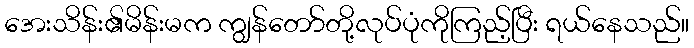
အေးသိန်း၏မိန်းမက ကျွန်တော်တို့လုပ်ပုံကိုကြည့်ပြီး ရယ်နေသည်။